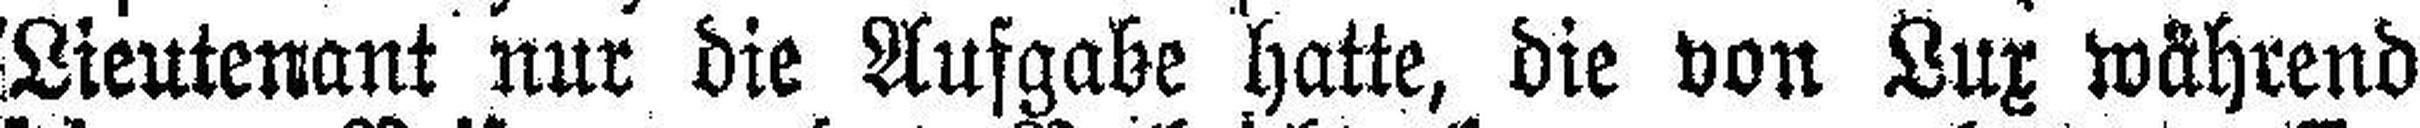
Lieutenant nur die Aufgabe hatte, die von Lux während